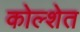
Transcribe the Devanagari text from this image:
कोल्शेत